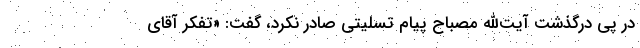
در پی درگذشت آیت‌الله مصباح پیام تسلیتی صادر نکرد، گفت: «تفکر آقای